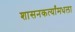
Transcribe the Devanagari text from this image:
शासनकर्त्यांमधला